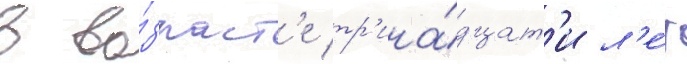
в во́зраст'е тр'ина́дцат'и л'е́т